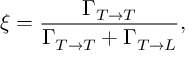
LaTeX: \xi = \frac { \Gamma _ { T \rightarrow T } } { \Gamma _ { T \rightarrow T } + \Gamma _ { T \rightarrow L } } ,